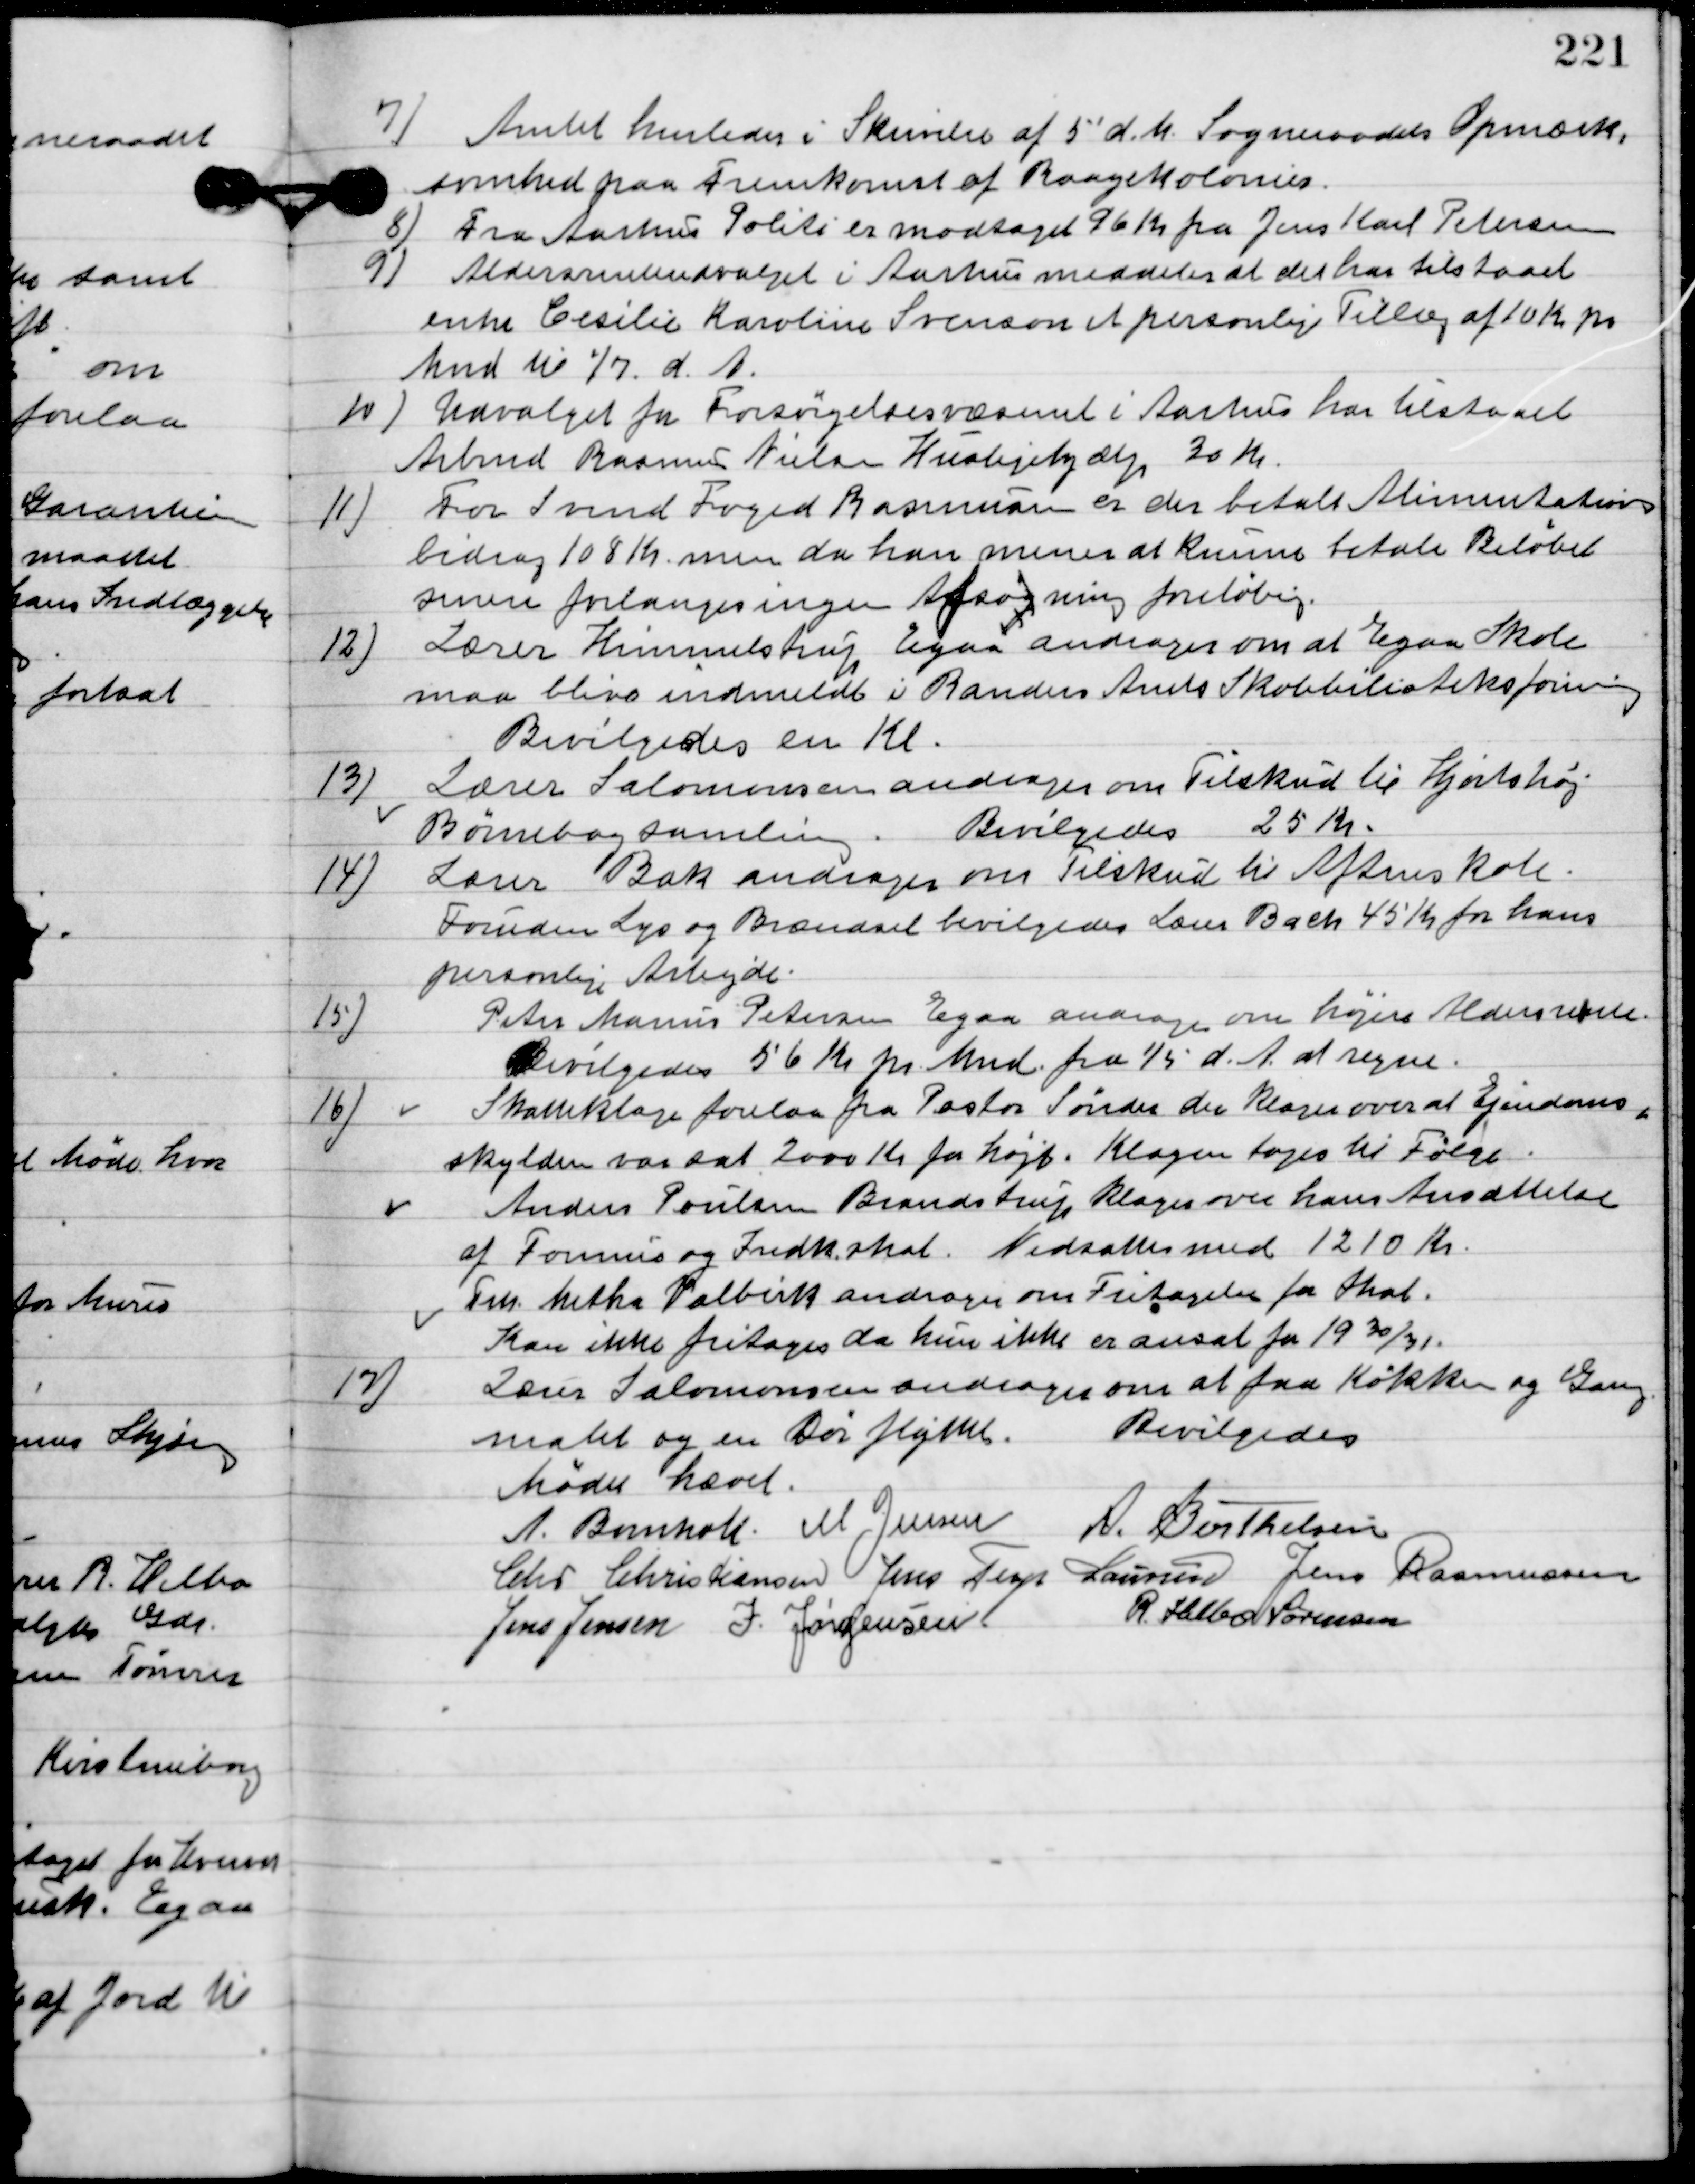
Transskription:
7

Amtet henleder i Skrivelse af 5´d.m. Sogneraades Opmærk-
somhed paa Fremkomst af Raagekolonier.

8

Fra Aarhus Politi er modtaget 96 Kr. fra Jens Karl Petersen.

9

Aldersrenteudvalget i Aarhus meddeler at den har tilstaaet
enke Cecilie Karoline Iversen et personligt tillæg af 10 Kr. pr.
Mnd til 1/7 d. A.

10

Udvalget fra Forsørgelsesvæsenet i Aarhus har tilstaaet
Arbmd. Rasmus Nielsen Huslejehjælp 30 Kr.

11

For Svend Foged Rasmussen er der betalt Alimentations-
bidrag 108 Kr., men da han menes at Kunne betale Beløbet
senere forlanges ingen Afdragsordning foreløbig.

12.	Lærer Himmelstrup Egaa andrager om at Egaa Skole
 maa blive indmeldt i Randers Amts Skolebiblioteksforening
Bevilgedes en Kl.

13

13.	Lærer Salomonsen andrager om Tilskud til Hjortshøj
 Børnebogsamling.
Bevilgedes 25 Kr.

14

Lærer Bak andrager om Tilskud til aftenskole.
Foruden Lys og Brændsel. Bevilgedes Lære Bach 45 Kr. for hans
personlige Arbejde.

15

Peter Marius Petersen Egaa andrager om højere Aldersrente.
Bevilgedes 56 Kr. Mnd. Fra 1/5 d. A. at regne.

16

Skatteklage forelaa fra Pastor Sønder der klager over at Ejendoms-
skylden var sat 2000 Kr. for højt.
Klagen toges til følge.
Anders Poulsen Brandstrup klager over hans Ansættelse
af Formue og Indkomst.
Nedsættes med 1210 Kr.
Fru Metha Palbirk andrager om Fritagelses for Skat.
Kan ikke fritages da hun ikke er ansat fra 1930/31.

17

Lærer Salomonsen andrager om at faa Køkken og Gang
malet og en Dør flyttet.
Bevilgedes.

Mødet hævet.

A. Bomholt
M. Jensen
A. Berthelsen
Chr. Christiansen
Jens Terp Laursen
Jens Rasmussen
Jens Jensen
I. Jørgensen
R. Helbo Sørensen